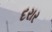
દરાર